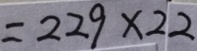
= 2 2 9 \times 2 2